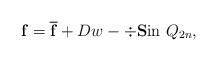
LaTeX: \begin{align*} \mathbf{f} = \overline{\mathbf{f}}+ D w - \div\mathbf{S} \mbox{in} \ Q_{2n},\end{align*}